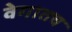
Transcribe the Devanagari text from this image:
वेगातच